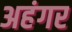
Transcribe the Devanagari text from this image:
अहंगर